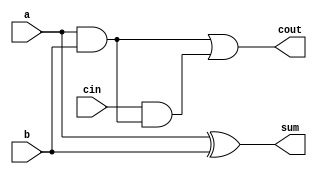
module full_adder4(a,b,cin,sum,cout);
input a,b,cin;
output sum,cout;
assign sum = a^b^1'b0;
assign cout = a&b|cin&(a&b); 
// initial begin
//     $display("The incorrect adder with xor1 having in2/0");
// end   
endmodule